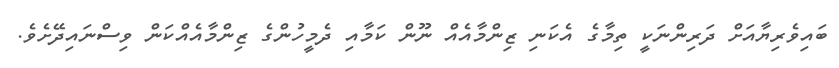
ބައިވެރިޔާއަށް ދަރިންނަކީ ތިމާގެ އެކަނި ޒިންމާއެއް ނޫން ކަމާއި ދެމީހުންގެ ޒިންމާއެއްކަން ވިސްނައިދޭށެވެ.